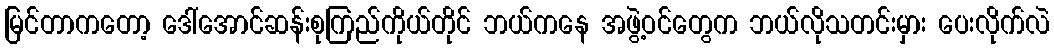
မြင်တာကတော့ ဒေါ်အောင်ဆန်းစုကြည်ကိုယ်တိုင် ဘယ်ကနေ အဖွဲ့ဝင်တွေက ဘယ်လိုသတင်းမှား ပေးလိုက်လဲ